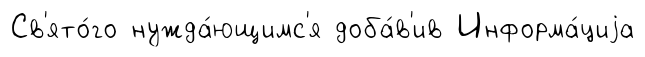
Св'ято́го нужда́ющимс'я доба́в'ив Информа́циjа